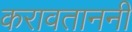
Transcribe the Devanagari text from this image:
करावताननी